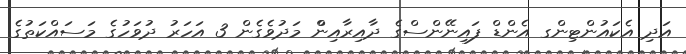
އަދި އެކައުންޓިންގ އެންޑް ފައިނޭންސްގެ ދާއިރާއިންް މަދުވެގެން 3 އަހަރު ދުވަހުގެ މަސައްކަތުގެ